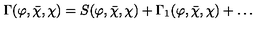
\Gamma ( \varphi , { \bar { \chi } } , \chi ) = S ( \varphi , { \bar { \chi } } , \chi ) + \Gamma _ { 1 } ( \varphi , { \bar { \chi } } , \chi ) + \ldots